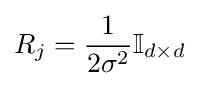
R_{j}={\frac {1}{2\sigma ^{2}}}\mathbb {I} _{d\times d}